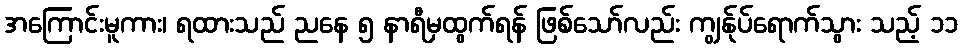
အကြောင်းမူကား၊ ရထားသည် ညနေ ၅ နာရီမှထွက်ရန် ဖြစ်သော်လည်း ကျွန်ုပ်ရောက်သွား သည့် ၁၁